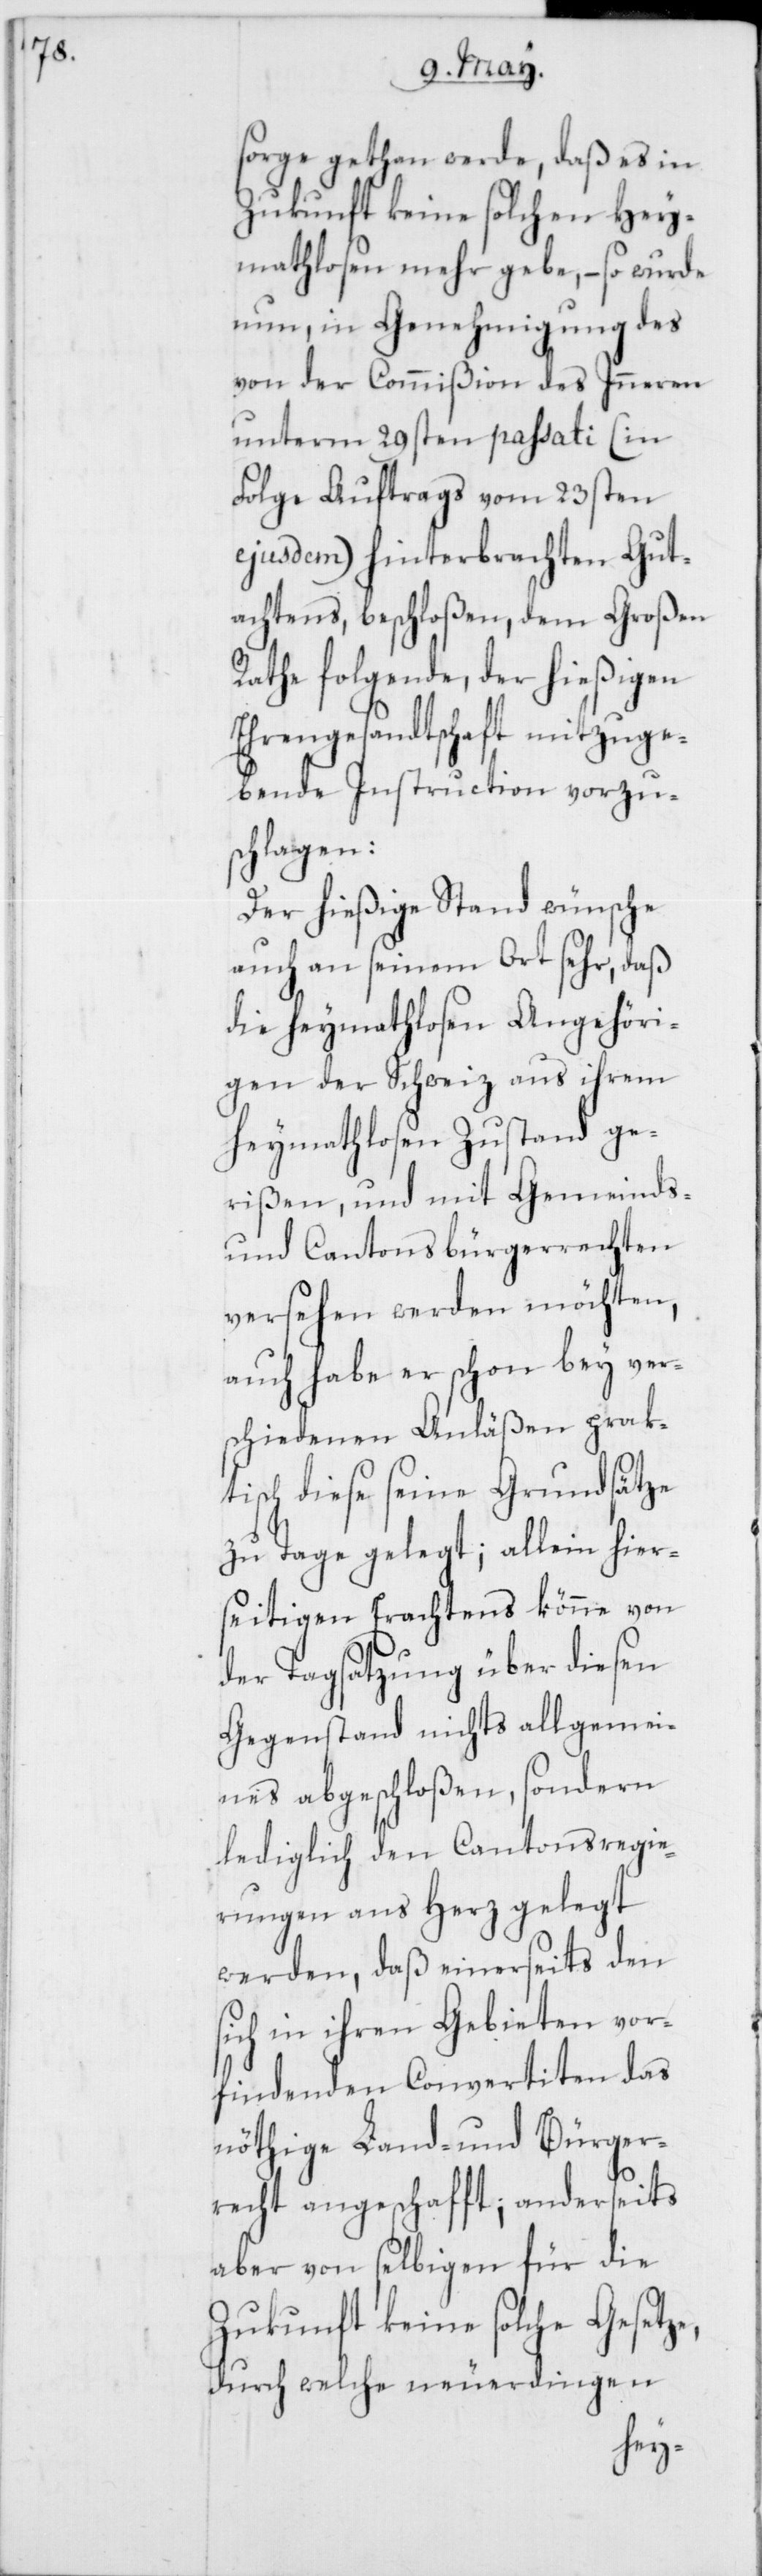
sorge gethan werde, daß es in
Zukunft keine solchen Hey¬
mathlosen mehr gebe, – so wurde
nun in Genehmigung des
von der Commißion des Inneren
unterm 29sten passati (in
Folge Auftrags vom 23sten
ejusdem) hinterbrachten Gut¬
achtens, beschloßen, dem Großen
Rathe folgende, der hießigen
Ehrengesandtschaft mitzuge¬
bende Instruction vorzu¬
schlagen:
Der hießige Stand wünsche
auch an seinem Ort sehr, daß
die Heymathlosen Angehöri¬
gen der Schweiz aus ihrem
Heymathlosen Zustand ge¬
rißen, und mit Gemeinds-
und Cantonsbürgerrechten
versehen werden möchten,
auch habe er schon bey ver¬
schiedenen Anläßen prak¬
tisch diese seine Grundsätze
zu Tage gelegt; allein hier¬
seitigen Erachtens könne von
der Tagsatzung über diesen
Gegenstand nichts allgemei¬
nes abgeschloßen, sondern
lediglich den Cantonsregie¬
rungen ans Herz gelegt
werden, daß einerseits den
sich in ihren Gebieten vor¬
findenden Convertiten das
nöthige Land- und Bürger¬
recht angeschafft; anderseits
aber von selbigen für die
Zukunft keine solche Gesetze,
durch welche neuerdingen